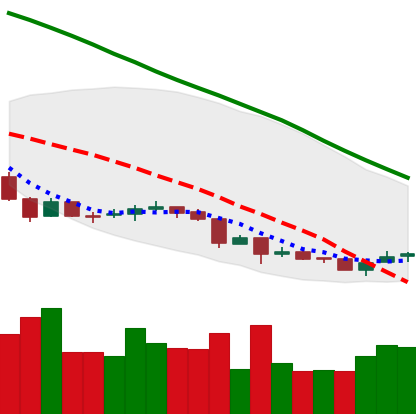
Ticker: NEO-USD
Chart end date: 2018-07-01
Forward return: 20.148%
Label: up_7plus